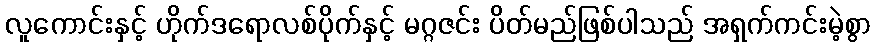
လူကောင်းနှင့် ဟိုက်ဒရောလစ်ပိုက်နှင့် မဂ္ဂဇင်း ပိတ်မည်ဖြစ်ပါသည် အရှက်ကင်းမဲ့စွာ